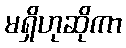
မရှိဟုဆိုကာ